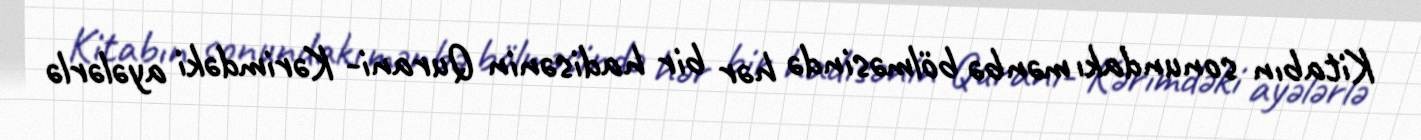
Kitabın sonundakı mənbə bölməsində hər bir hadisənin Qurani- Kərimdəki ayələrlə